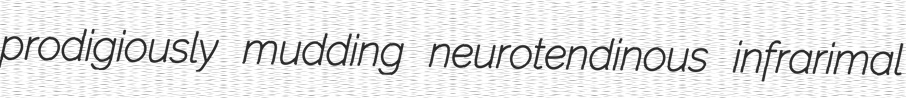
prodigiously mudding neurotendinous infrarimal